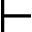
\vdash